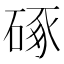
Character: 硺